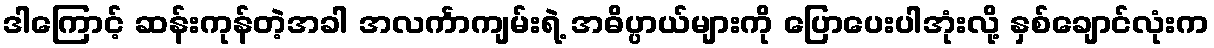
ဒါကြောင့် ဆန်းကုန်တဲ့အခါ အလင်္ကာကျမ်းရဲ့ အဓိပ္ပာယ်များကို ပြောပေးပါအုံးလို့ နှစ်ချောင်လုံးက